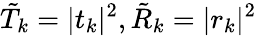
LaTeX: \tilde{T}_{k}=|t_{k}|^{2},\tilde{R}_{k}=|r_{k}|^{2}